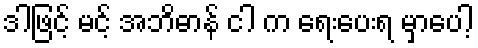
ဒါဖြင့် မင့် အဘိဓာန် ငါ က ရေးပေးရ မှာပေါ့